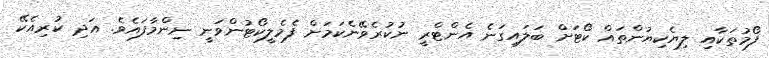
ފޯމުތަކާއި ލިޔެކިޔުންތައް ކޯޓަށް ބަލައިގަނެ އެންޓްރީ ނުކުރެވޭނެކަމަށް ފެމެލީކޯޓުންވަނީ ނިންމާފައެވެ. އަދި ކުރިއެކޭ